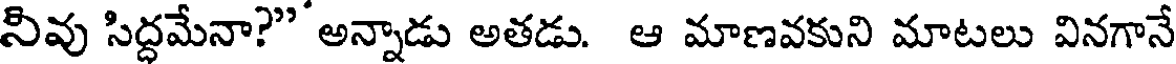
నివు సిద్దమేనా?" అన్నాడు అతడు. ఆ మాణవకుని మాటలు వినగానే